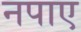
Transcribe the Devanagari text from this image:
नपाए